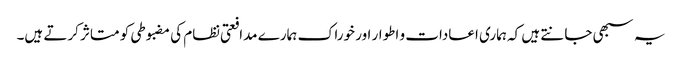
یہ سبھی جانتے ہیں کہ ہماری اعادات و اطوار اور خوراک ہمارے مدافعتی نظام کی مضبوطی کو متاثر کرتے ہیں۔